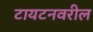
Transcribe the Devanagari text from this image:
टायटनवरील